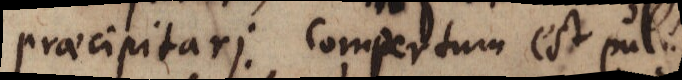
praecipitari. Compertum est pul